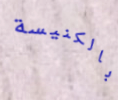
بالكنيسة